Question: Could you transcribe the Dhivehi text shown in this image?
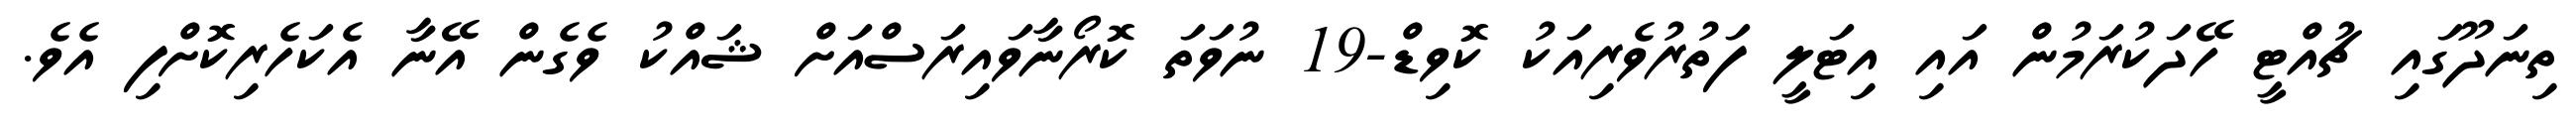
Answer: ތިނަދޫގައި ޗުއްޓީ ހޭދަކުރަމުން އައި އިޓަލީ ފަތުރުވެރިއަކު ކޮވިޑް-19 ނުވަތަ ކޮރޯނާވައިރަސްއަށް ޝައްކު ވެގެން އޭނާ އެކަހެރިކޮށްފި އެވެ.